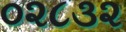
૦૨૮૩૨